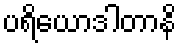
ပရိယောဒါတာနိ